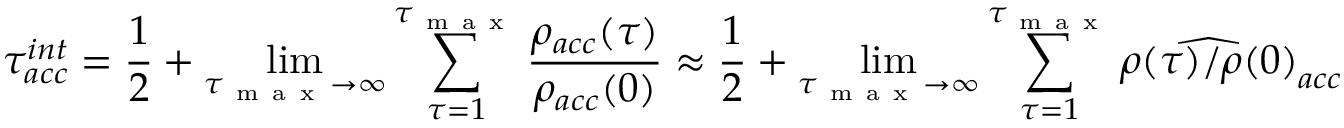
\tau _ { a c c } ^ { i n t } = \frac { 1 } { 2 } + \operatorname* { l i m } _ { \tau _ { \mathrm { ~ m ~ a ~ x ~ } } \rightarrow \infty } \sum _ { \tau = 1 } ^ { \tau _ { \mathrm { ~ m ~ a ~ x ~ } } } \frac { \rho _ { a c c } ( \tau ) } { \rho _ { a c c } ( 0 ) } \approx \frac { 1 } { 2 } + \operatorname* { l i m } _ { \tau _ { \mathrm { ~ m ~ a ~ x ~ } } \rightarrow \infty } \sum _ { \tau = 1 } ^ { \tau _ { \mathrm { ~ m ~ a ~ x ~ } } } \widehat { \rho ( \tau ) / \rho ( 0 ) } _ { a c c }